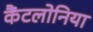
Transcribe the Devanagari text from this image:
कैंटलोनिया